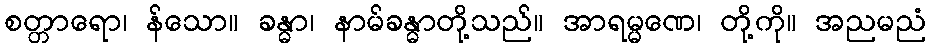
စတ္တာရော၊ န်သော။ ခန္ဓာ၊ နာမ်ခန္ဓာတို့သည်။ အာရမ္မဏေ၊ တို့ကို။ အညမညံ